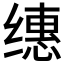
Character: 𰬸